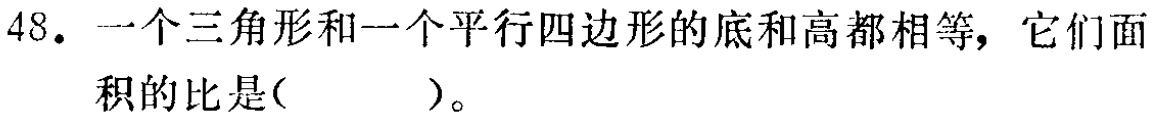
48. 一个三角形和一个平行四边形的底和高都相等，它们面积的比是( )。